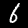
Label: 6